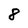
Character: 8